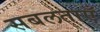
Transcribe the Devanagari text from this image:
सबलताएँ